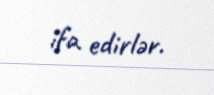
ifa edirlər.